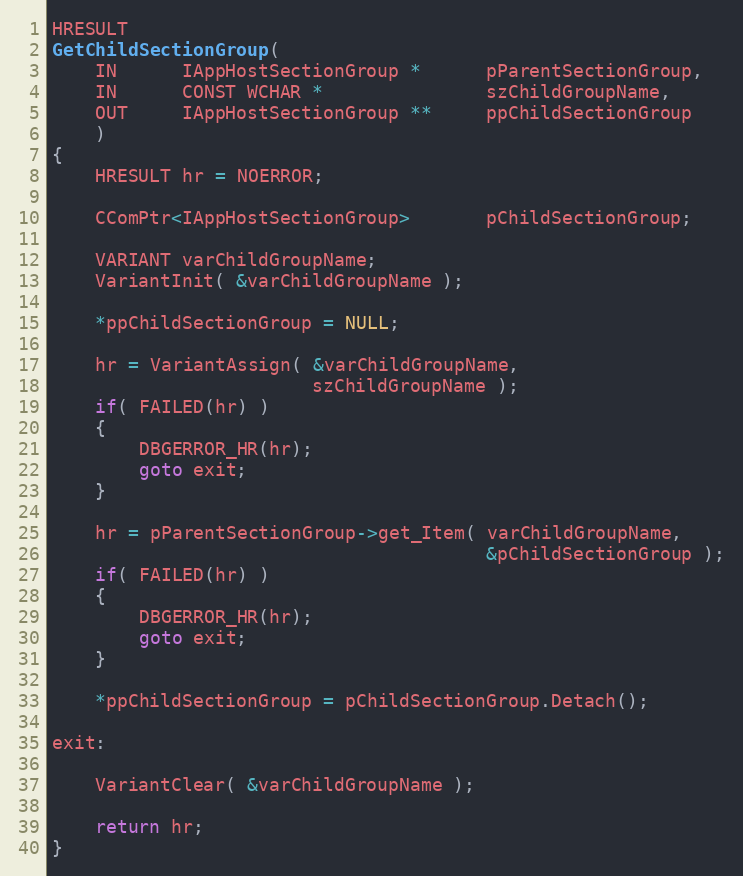
Language: C++
HRESULT
GetChildSectionGroup(
    IN      IAppHostSectionGroup *      pParentSectionGroup,
    IN      CONST WCHAR *               szChildGroupName,
    OUT     IAppHostSectionGroup **     ppChildSectionGroup
    )
{
    HRESULT hr = NOERROR;

    CComPtr<IAppHostSectionGroup>       pChildSectionGroup;

    VARIANT varChildGroupName;
    VariantInit( &varChildGroupName );

    *ppChildSectionGroup = NULL;

    hr = VariantAssign( &varChildGroupName,
                        szChildGroupName );
    if( FAILED(hr) )
    {
        DBGERROR_HR(hr);
        goto exit;
    }

    hr = pParentSectionGroup->get_Item( varChildGroupName,
                                        &pChildSectionGroup );
    if( FAILED(hr) )
    {
        DBGERROR_HR(hr);
        goto exit;
    }

    *ppChildSectionGroup = pChildSectionGroup.Detach();

exit:

    VariantClear( &varChildGroupName );

    return hr;
}